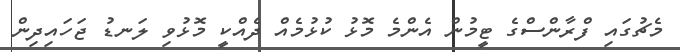
މެޗުގައި ފްރާންސްގެ ޓީމުން އެންމެ މޮޅު ކުޅުމެެއް ދެއްކީ މޮޅުވި ލަނޑު ޖަހައިދިން